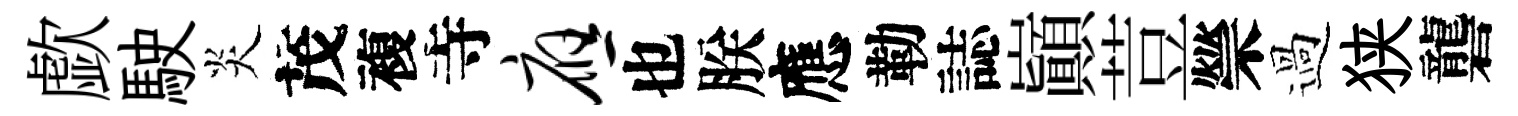
歔駛炎茂複寺应也朕應勒誌巔荳禜過狭礱